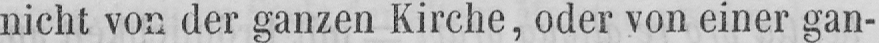
nicht von der ganzen Kirche, oder von einer gan-